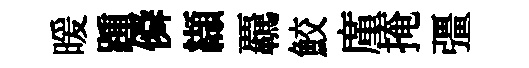
暖踵僢纈覊鮫廑掩彊